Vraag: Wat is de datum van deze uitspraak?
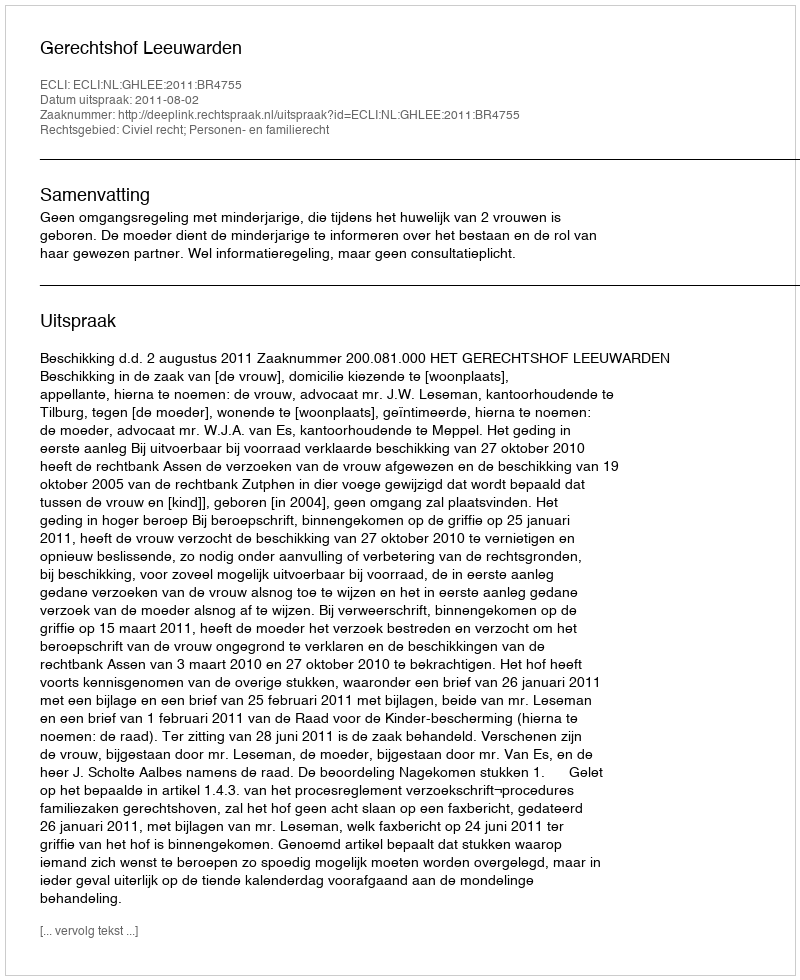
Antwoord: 2011-08-02